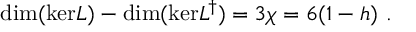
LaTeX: \mathrm { d i m ( k e r } L ) - \mathrm { d i m ( k e r } L ^ { \dag } ) = 3 \chi = 6 ( 1 - h ) \ .